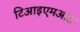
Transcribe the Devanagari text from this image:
टिआइएमआइ